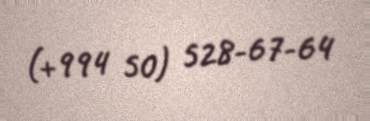
(+994 50) 528-67-64